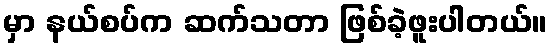
မှာ နယ်စပ်က ဆက်သတာ ဖြစ်ခဲ့ဖူးပါတယ်။